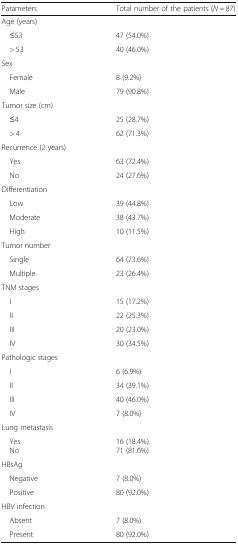
<table><thead><tr><td><b>Parameters</b></td><td><b>Total number of the patients (<i>N</i> = 87)</b></td></tr></thead><tbody><tr><td colspan="2">Age (years)</td></tr><tr><td> ≤53</td><td>47 (54.0%)</td></tr><tr><td> &gt; 53</td><td>40 (46.0%)</td></tr><tr><td colspan="2">Sex</td></tr><tr><td> Female</td><td>8 (9.2%)</td></tr><tr><td> Male</td><td>79 (90.8%)</td></tr><tr><td colspan="2">Tumor size (cm)</td></tr><tr><td> ≤4</td><td>25 (28.7%)</td></tr><tr><td> &gt; 4</td><td>62 (71.3%)</td></tr><tr><td colspan="2">Recurrence (2 years)</td></tr><tr><td> Yes</td><td>63 (72.4%)</td></tr><tr><td> No</td><td>24 (27.6%)</td></tr><tr><td colspan="2">Differentiation</td></tr><tr><td> Low</td><td>39 (44.8%)</td></tr><tr><td> Moderate</td><td>38 (43.7%)</td></tr><tr><td> High</td><td>10 (11.5%)</td></tr><tr><td colspan="2">Tumor number</td></tr><tr><td> Single</td><td>64 (73.6%)</td></tr><tr><td> Multiple</td><td>23 (26.4%)</td></tr><tr><td colspan="2">TNM stages</td></tr><tr><td> I</td><td>15 (17.2%)</td></tr><tr><td> II</td><td>22 (25.3%)</td></tr><tr><td> III</td><td>20 (23.0%)</td></tr><tr><td> IV</td><td>30 (34.5%)</td></tr><tr><td colspan="2">Pathologic stages</td></tr><tr><td> I</td><td>6 (6.9%)</td></tr><tr><td> II</td><td>34 (39.1%)</td></tr><tr><td> III</td><td>40 (46.0%)</td></tr><tr><td> IV</td><td>7 (8.0%)</td></tr><tr><td colspan="2">Lung metastasis</td></tr><tr><td> Yes No</td><td>16 (18.4%)71 (81.6%)</td></tr><tr><td colspan="2">HBsAg</td></tr><tr><td> Negative</td><td>7 (8.0%)</td></tr><tr><td> Positive</td><td>80 (92.0%)</td></tr><tr><td colspan="2">HBV infection</td></tr><tr><td> Absent</td><td>7 (8.0%)</td></tr><tr><td> Present</td><td>80 (92.0%)</td></tr></tbody></table>